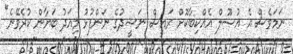
ނަމަވެސް އެ އުސޫލް އެއްކިބާކޮށް ރައީސް ނަޝީދުގެ ނަންފުޅު މިއަދު ބަޔާން ކުރެވޭނެ"